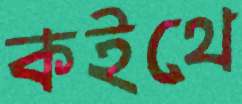
কইথে